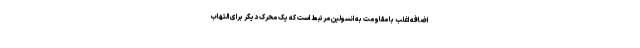
اضافه اغلب با مقاومت به انسولین مرتبط است که یک محرک دیگر برای التهاب